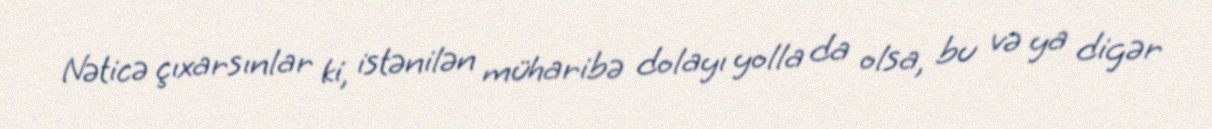
Nəticə çıxarsınlar ki, istənilən müharibə dolayı yolla da olsa, bu və ya digər